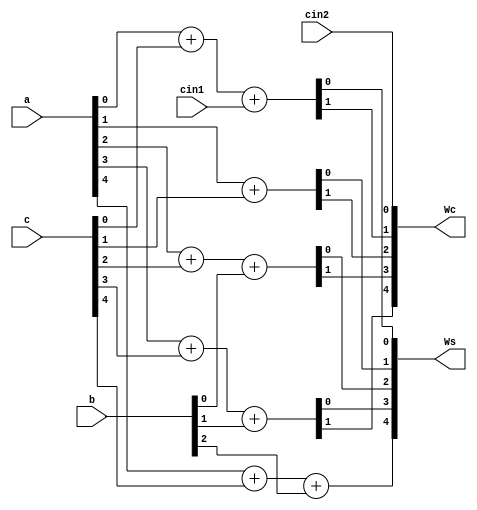
`timescale 1ns / 1ps
//////////////////////////////////////////////////////////////////////////////////
// Company: 
// Engineer: 
// 
// Design Name: 
// Module Name:    CSA_MSD2 
// Project Name: 
// Target Devices: 
// Tool versions: 
// Description: 
//
// Dependencies: 
//
// Revision: 
// Revision 0.01 - File Created
// Additional Comments: 
//
//////////////////////////////////////////////////////////////////////////////////
module CSA_MSD2(a,b,c,cin1,cin2,Ws,Wc);
parameter WL = 5;
	input [WL-1:0] a,c;
	input [WL-1:2] b;
	input cin1,cin2;
	output [WL-1:0] Ws,Wc;
	
	wire [WL-1:0] temp_Ws,temp_Wc;
	
	assign temp_Wc[0] = cin2;
	assign {temp_Wc[1],temp_Ws[0]} = a[0] + c[0] + cin1;
	assign {temp_Wc[2],temp_Ws[1]} = a[1] + c[1];
	assign {temp_Wc[3],temp_Ws[2]} = a[2] + c[2] + b[2];
	assign {temp_Wc[4],temp_Ws[3]} = a[3] + c[3] + b[3];
	assign temp_Ws[4] = a[4] + c[4] + b[4];
	
	assign Ws = temp_Ws;
	assign Wc = temp_Wc;



endmodule